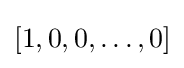
[1,0,0,\ldots ,0]